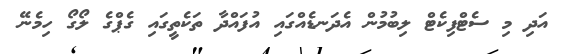
އަދި މި ސެޓްފިކެޓް ލިބުމުން އެދަނޑެއްގައި އުފައްދާ ތަކެތީގައި ގެޕްގެ ލޯގޯ ހިމެނޭ